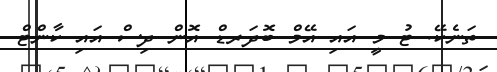
ތަނެކޭ. ޓު މީ އައި އޭމް ބޮދަރޑް އޮން ދިސް އައި ކާންޓް